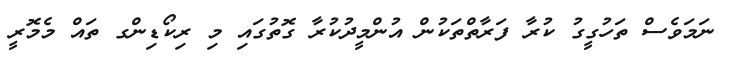
ނަމަވެސް ތަހުގީގު ކުރާ ފަރާތްތަކުން އުންމީދުކުރާ ގޮތުގައި މި ރިކޯޑިންގ ތައް މެމޮރީ